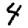
Digit: 4